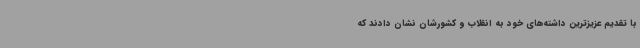
با تقدیم عزیزترین داشته‌های خود به انقلاب و کشورشان نشان دادند که